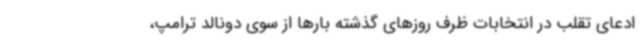
ادعای تقلب در انتخابات ظرف روزهای گذشته بارها از سوی دونالد ترامپ،